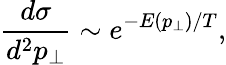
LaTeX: \frac{d\sigma}{d^{2}p_{\perp}}\sim e^{-E(p_{\perp})/T},